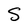
Character: S